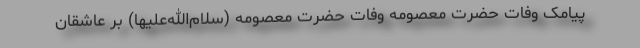
پیامک وفات حضرت معصومه وفات حضرت معصومه (سلام‌الله‌علیها) بر عاشقان